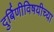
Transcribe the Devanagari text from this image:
दुर्बिणीविषयीच्या